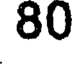
80